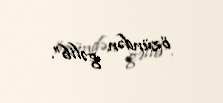
özündən gəlib”.